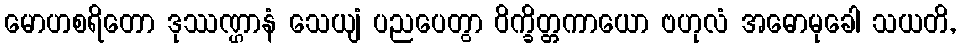
မောဟစရိတော ဒုဿဏ္ဌာနံ သေယျံ ပညပေတွာ ဝိက္ခိတ္တကာယော ဗဟုလံ အဓောမုခေါ သယတိ,